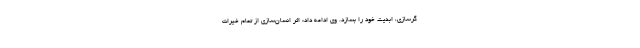
گرسازی، ابدیت خود را بسازد. وی ادامه داد: اثر انسان‌سازی از تمام خیرات